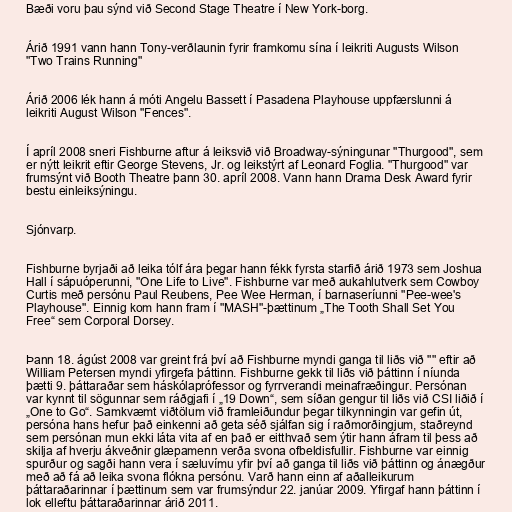
Bæði voru þau sýnd við Second Stage Theatre í New York-borg.

Árið 1991 vann hann Tony-verðlaunin fyrir framkomu sína í leikriti Augusts Wilson
"Two Trains Running"

Árið 2006 lék hann á móti Angelu Bassett í Pasadena Playhouse uppfærslunni á
leikriti August Wilson "Fences".

Í apríl 2008 sneri Fishburne aftur á leiksvið við Broadway-sýningunar "Thurgood", sem
er nýtt leikrit eftir George Stevens, Jr. og leikstýrt af Leonard Foglia. "Thurgood" var
frumsýnt við Booth Theatre þann 30. apríl 2008. Vann hann Drama Desk Award fyrir
bestu einleiksýningu.

Sjónvarp.

Fishburne byrjaði að leika tólf ára þegar hann fékk fyrsta starfið árið 1973 sem Joshua
Hall í sápuóperunni, "One Life to Live". Fishburne var með aukahlutverk sem Cowboy
Curtis með persónu Paul Reubens, Pee Wee Herman, í barnaseríunni "Pee-wee's
Playhouse". Einnig kom hann fram í "MASH"-þættinum „The Tooth Shall Set You
Free“ sem Corporal Dorsey.

Þann 18. ágúst 2008 var greint frá því að Fishburne myndi ganga til liðs við "" eftir að
William Petersen myndi yfirgefa þáttinn. Fishburne gekk til liðs við þáttinn í níunda
þætti 9. þáttaraðar sem háskólaprófessor og fyrrverandi meinafræðingur. Persónan
var kynnt til sögunnar sem ráðgjafi í „19 Down“, sem síðan gengur til liðs við CSI liðið í
„One to Go“. Samkvæmt viðtölum við framleiðundur þegar tilkynningin var gefin út,
persóna hans hefur það einkenni að geta séð sjálfan sig í raðmorðingjum, staðreynd
sem persónan mun ekki láta vita af en það er eitthvað sem ýtir hann áfram til þess að
skilja af hverju ákveðnir glæpamenn verða svona ofbeldisfullir. Fishburne var einnig
spurður og sagði hann vera í sæluvímu yfir því að ganga til liðs við þáttinn og ánægður
með að fá að leika svona flókna persónu. Varð hann einn af aðalleikurum
þáttaraðarinnar í þættinum sem var frumsýndur 22. janúar 2009. Yfirgaf hann þáttinn í
lok elleftu þáttaraðarinnar árið 2011.